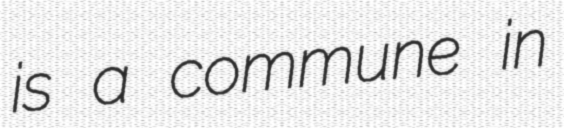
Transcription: is a commune in